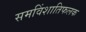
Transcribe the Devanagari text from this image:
समविंशातिफलक